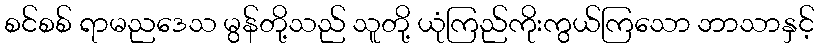
စင်စစ် ရာမညဒေသ မွန်တို့သည် သူတို့ ယုံကြည်ကိုးကွယ်ကြသော ဘာသာနှင့်